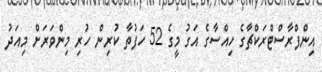
އިންފްރާސްޓްރަކްޗާގެ ހިއްސާގެ އަގު މީގެ 52 ހަފުތާ ކުރިން ހުރި މިންވަރަށް މިއަދު